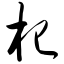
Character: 杞